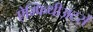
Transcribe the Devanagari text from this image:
ऐम्फिथीअटरों